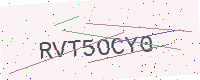
Text: RVT5OCY0